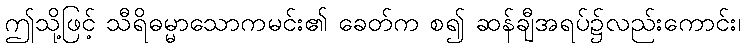
ဤသို့ဖြင့် သီရိဓမ္မာသောကမင်း၏ ခေတ်က စ၍ ဆန်ချီအရပ်၌လည်းကောင်း၊